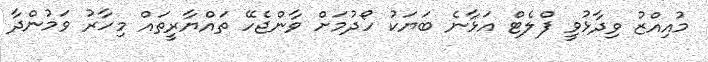
މުއިއްޒު ވިދާޅުވީ ފްލެޓް އަޅާނެ ބަޔަކު ހޯދުމަށް ވާންޖެހޭ ތައްޔާރީތައް މިހާރު ވަމުންދާ